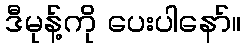
ဒီမုန့်ကို ပေးပါနော်။